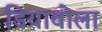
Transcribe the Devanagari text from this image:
डियावोला